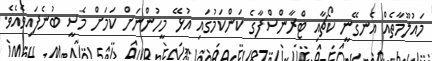
މައުލޫމާތެއް އެނގޭނީ ކޯޗާއި ޓްރާންސްފާގެ ކަންކަމުގައި އުޅޭ މީހުންނަށް ކަމަށް މެސީ ބުނެފައިވެއެވެ.